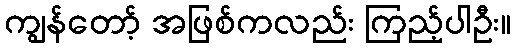
ကျွန်တော့် အဖြစ်ကလည်း ကြည့်ပါဦး။